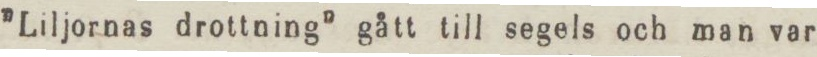
”Liljornas drottning” gått till segels och man var